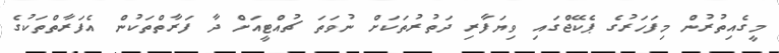
މީގެއިތުރުން މިފަހަރުގެ ޕެކޭޖްގައި ވިޔަފާރި ދަތުރުތަކަށް ނުވަތަ ޗުއްޓީއަށް ދާ ފަރާތްތަކުން އެފަރާތްތަކުގެ